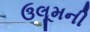
ઉલૂમની